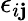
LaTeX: \epsilon_{i\mathbf{j}}